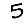
Digit: 5